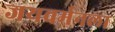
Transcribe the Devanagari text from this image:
जयवर्मनला